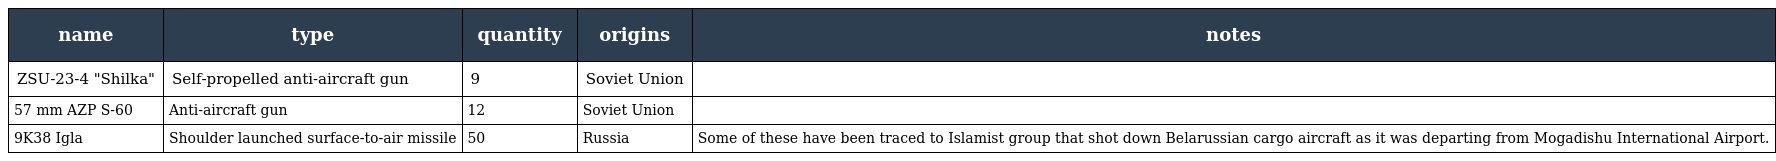
| name | type | quantity | origins | notes |
 | --- | --- | --- | --- | --- |
 | ZSU-23-4 "Shilka" | Self-propelled anti-aircraft gun | 9 | Soviet Union |  |
 | 57 mm AZP S-60 | Anti-aircraft gun | 12 | Soviet Union |  |
 | 9K38 Igla | Shoulder launched surface-to-air missile | 50 | Russia | Some of these have been traced to Islamist group that shot down Belarussian cargo aircraft as it was departing from Mogadishu International Airport. |